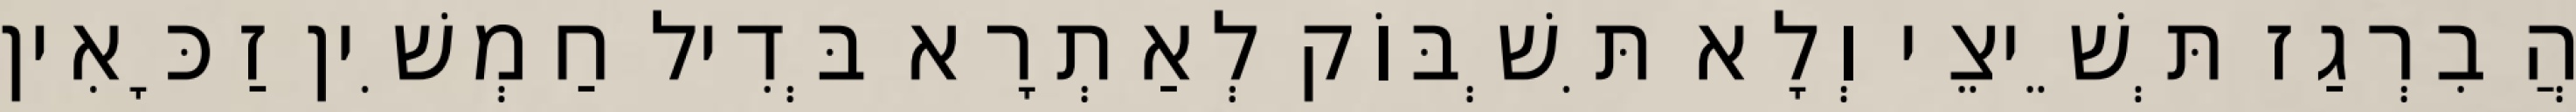
הֲבִרְגַז תְּשֵׁיצֵי וְלָא תִּשְׁבּוֹק לְאַתְרָא בְּדִיל חַמְשִׁין זַכָּאִין